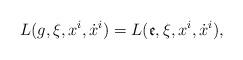
LaTeX: \begin{align*}L(g, \xi, x^{i}, \dot{x}^{i}) = L({\mathfrak e}, \xi, x^{i}, \dot{x}^{i}),\end{align*}